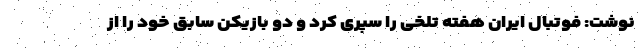
نوشت: فوتبال ایران هفته تلخی را سپری کرد و دو بازیکن سابق خود را از